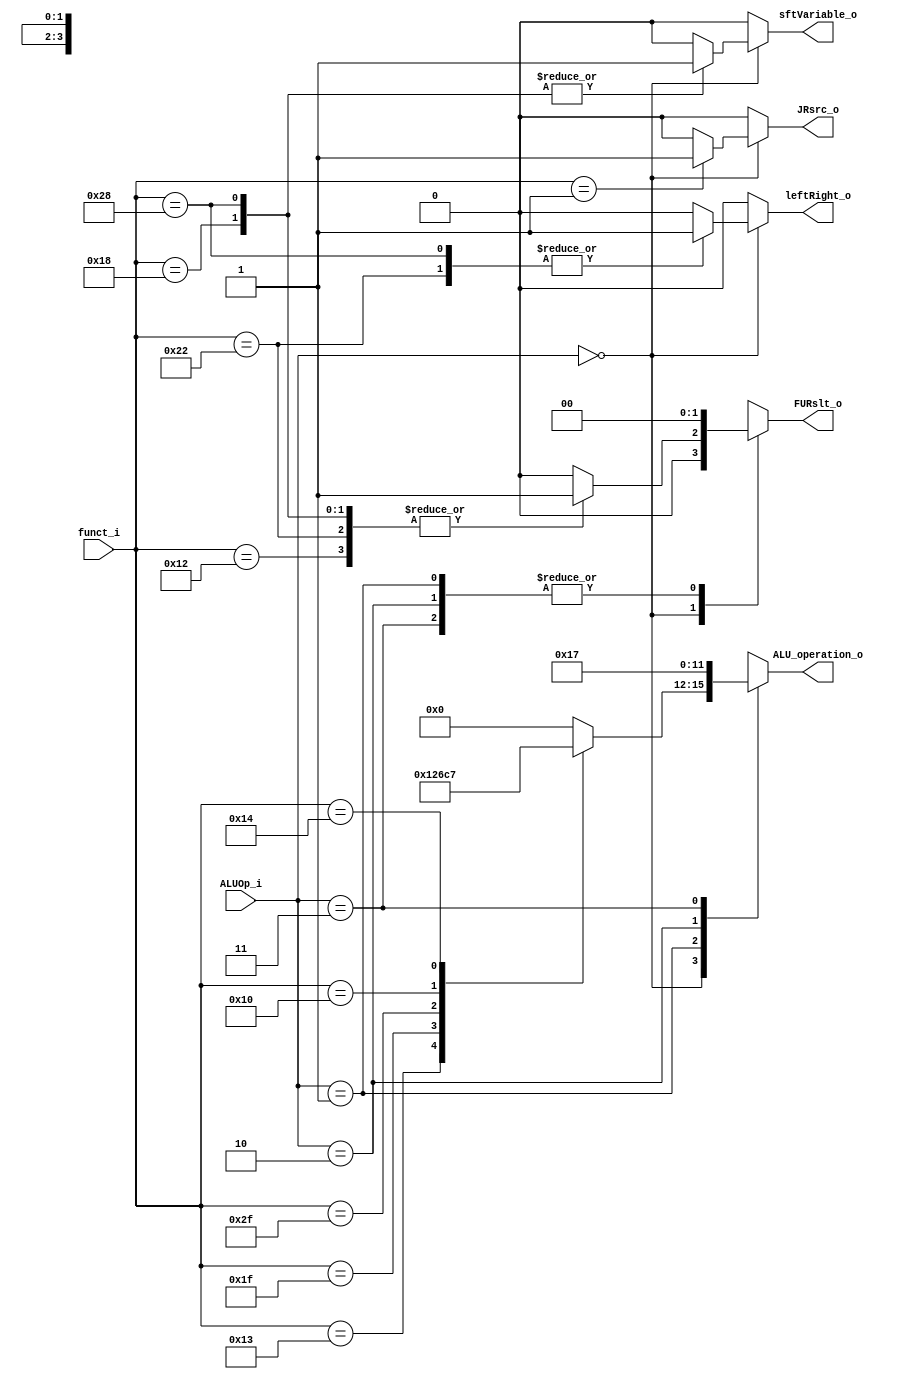
module ALU_Ctrl (
    funct_i,
    ALUOp_i,
    ALU_operation_o,
    FURslt_o,
    sftVariable_o,
    leftRight_o,
    JRsrc_o
);

  //Instruction Format
  parameter ALU_OP_R_TYPE = 2'b00;
  parameter ALU_ADD = 2'b01;
  parameter ALU_SUB = 2'b10;
  parameter ALU_LESS = 2'b11;

  parameter FUNC_ADD = 6'b100011;
  parameter FUNC_SUB = 6'b010011;
  parameter FUNC_AND = 6'b011111;
  parameter FUNC_OR  = 6'b101111;
  parameter FUNC_NOR = 6'b010000;
  parameter FUNC_SLT = 6'b010100;
  parameter FUNC_SLLV = 6'b011000;
  parameter FUNC_SLL = 6'b010010;
  parameter FUNC_SRLV = 6'b101000;
  parameter FUNC_SRL = 6'b100010;
  parameter FUNC_JR = 6'b000001;

  //ALU Operation
  parameter ADD = 4'b0000;
  parameter SUB = 4'b0001;
  parameter AND = 4'b0010;
  parameter OR = 4'b0110;
  parameter NOR = 4'b1100;
  parameter LESS = 4'b0111;

  //Src
  parameter SRC_ALU = 2'd0;
  parameter SRC_SHIFTER = 2'd1;
  parameter SRC_ZERO_FILL = 2'd2;

  parameter NO = 1'b0;
  parameter YES = 1'b1;

  //I/O ports
  input [6-1:0] funct_i;
  input [2-1:0] ALUOp_i;

  output [4-1:0] ALU_operation_o;
  output [2-1:0] FURslt_o;
  output sftVariable_o;
  output leftRight_o;
  output JRsrc_o;

  //Internal Signals
  reg [4-1:0] ALU_operation_o;
  reg [2-1:0] FURslt_o;
  reg sftVariable_o;
  reg leftRight_o;
  reg JRsrc_o;

  //Main function
  /*your code here*/
  always @(ALUOp_i, funct_i) begin
    // ALU_operation_o
    case (ALUOp_i)
      ALU_OP_R_TYPE:
      case (funct_i)
        FUNC_ADD: ALU_operation_o <= ADD;
        FUNC_SUB: ALU_operation_o <= SUB;
        FUNC_AND: ALU_operation_o <= AND;
        FUNC_OR:  ALU_operation_o <= OR;
        FUNC_NOR: ALU_operation_o <= NOR;
        FUNC_SLT: ALU_operation_o <= LESS;
        default:  ALU_operation_o <= 4'b0;
      endcase
      ALU_ADD: ALU_operation_o <= ADD;
      ALU_SUB: ALU_operation_o <= SUB;
      ALU_LESS: ALU_operation_o <= LESS;
      default: ALU_operation_o <= 4'b0;
    endcase

    // FURslt_o
    case (ALUOp_i)
      ALU_OP_R_TYPE:
      case (funct_i)
        FUNC_ADD, FUNC_SUB, FUNC_AND, FUNC_OR, FUNC_NOR, FUNC_SLT: FURslt_o <= SRC_ALU;
        FUNC_SLL, FUNC_SRL, FUNC_SLLV, FUNC_SRLV: FURslt_o <= SRC_SHIFTER;
        default: FURslt_o <= 2'b0;
      endcase
      ALU_ADD, ALU_SUB, ALU_LESS: FURslt_o <= SRC_ALU;
      default: FURslt_o <= 2'b0;
    endcase

    // leftRight_o
    case (ALUOp_i)
      ALU_OP_R_TYPE:
      case (funct_i)
        FUNC_SLL, FUNC_SLLV: leftRight_o <= NO;
        FUNC_SRL, FUNC_SRLV: leftRight_o <= YES;
        default: leftRight_o <= 1'b0;
      endcase
      default: leftRight_o <= 1'b0;
    endcase

    // sftVariable_o
    case (ALUOp_i)
      ALU_OP_R_TYPE:
      case (funct_i)
        FUNC_SLL, FUNC_SRL: sftVariable_o <= NO;
        FUNC_SRLV, FUNC_SLLV: sftVariable_o <= YES;
        default: sftVariable_o <= 1'b0;
      endcase
      default: sftVariable_o <= 1'b0;
    endcase

    // JRsrc_o
    case (ALUOp_i)
      ALU_OP_R_TYPE:
      case (funct_i)
        FUNC_JR: JRsrc_o <= YES;
        default: JRsrc_o <= 1'b0;
      endcase
      default: JRsrc_o <= 1'b0;
    endcase
  end

endmodule